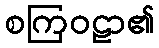
စကြဝဠာ၏